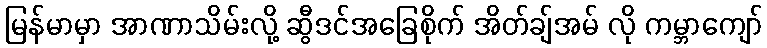
မြန်မာမှာ အာဏာသိမ်းလို့ ဆွီဒင်အခြေစိုက် အိတ်ချ်အမ် လို ကမ္ဘာကျော်